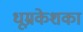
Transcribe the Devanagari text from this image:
धूम्रकेशका